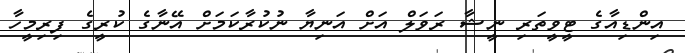
އިންޑިއާގެ ޓީވީތަރި ނީޝާ ރަވަލް އަށް އަނިޔާ ނުކުރާކަމަށް އޭނާގެ ކުރީގެ ފިރިމީހާ